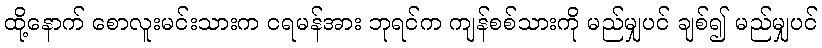
ထို့နောက် စောလူးမင်းသားက ငရမန်အား ဘုရင်က ကျန်စစ်သားကို မည်မျှပင် ချစ်၍ မည်မျှပင်